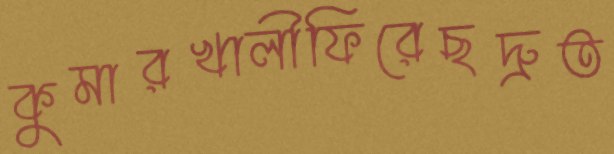
কুমারখালীফিরেছদ্রুত